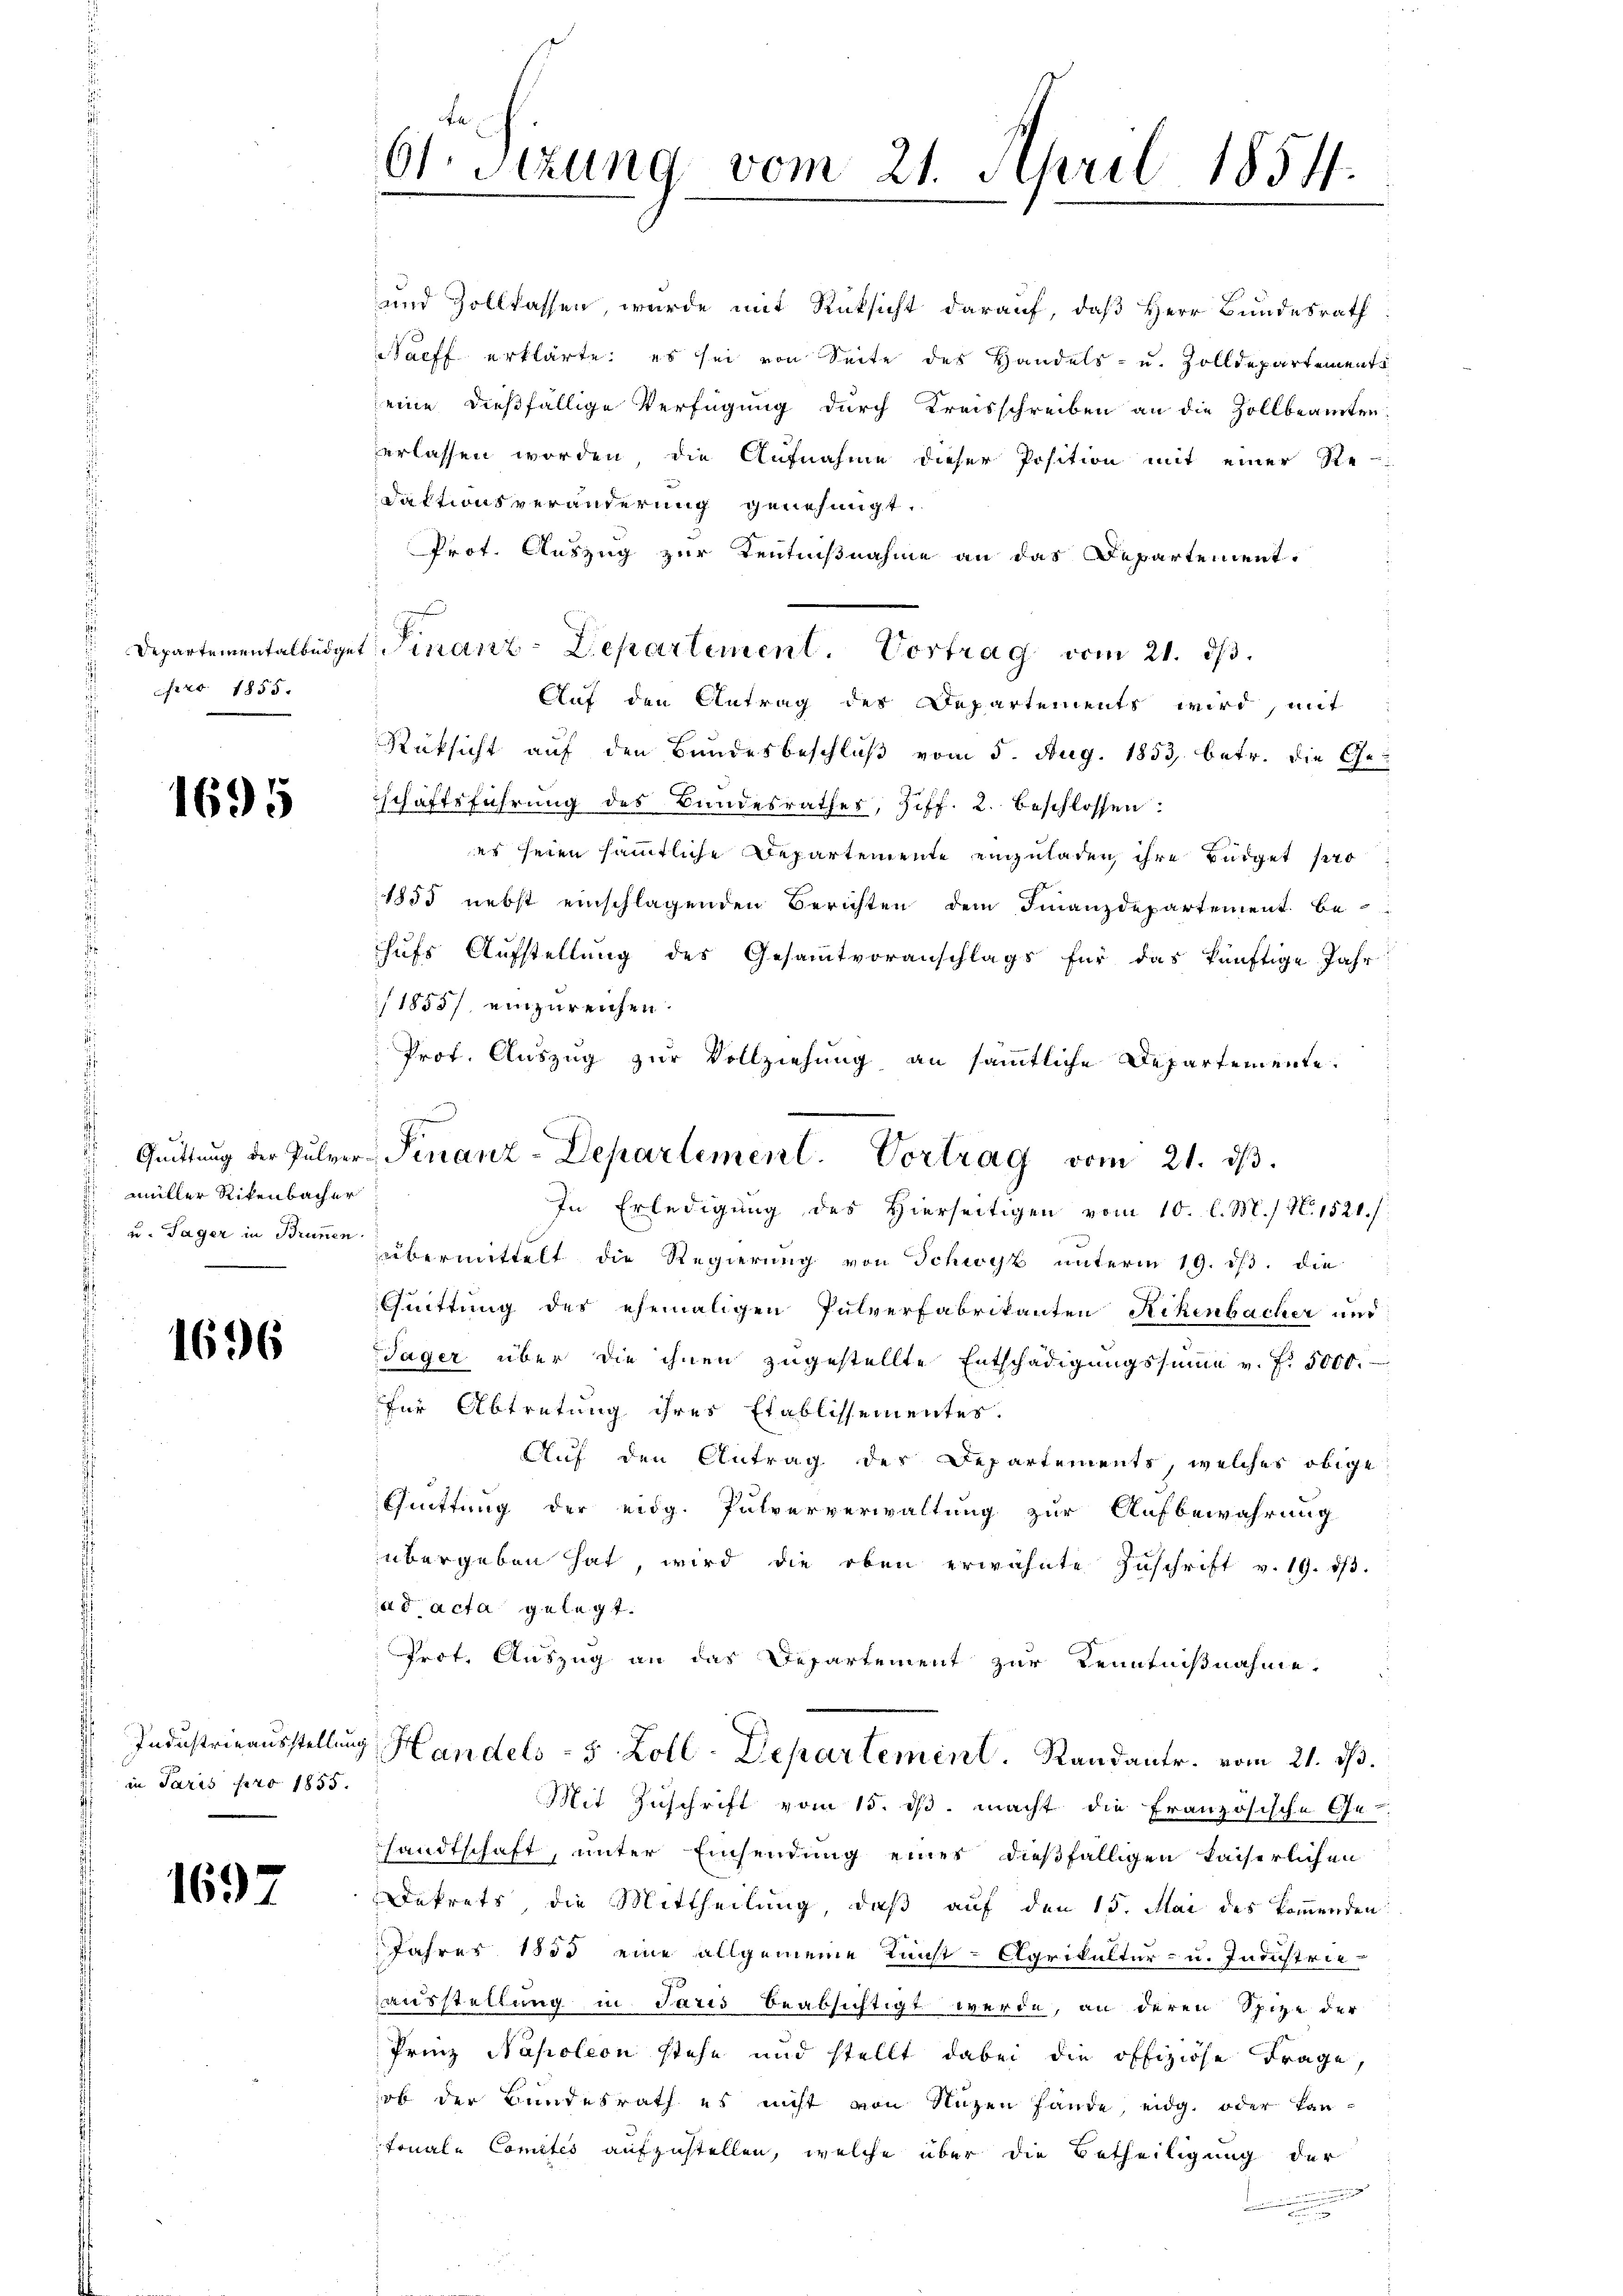
Departementalbüdge
fers 1855.

1695

müller Rikenbacher
u. Tager in Brunnen.

1696

in Paris pro 1855.
s

1697

61. Sizung vom 21. April 1854.

und Zollkassen, wurde mit Rücksicht darauf, daß Herr Bundesrath
Nacff erklärte, es sei von Seite des Handels- u. Zolldepartements
eine dießfällige Verfügung durch Kreisschreiben an die Zollbeamten,
erlassen worden, die Aufnahme dieser Position mit einer Re-
daktionsveränderung genehmigt.
Prot. Auszug zur Kentnißnahme an das Departement.
Auf den Antrag des Departements wird, mit
Rüksicht auf den Bundesbeschluß vom 5. Aug. 1853, betr. die Geschäftsführŭng des Bundesrathes, Ziff. 2. beschlossen:
es seien sämmtliche Departemente einzuladen ihre Büdget pro
1855 nebst einschlagenden Berichten dem Finanzdepartement behufs Aufstellung des Gesammtvoranschlags für das künftige Jahr
/1855/ einzureichen.
Prof. Auszug zur Vollziehung an sämmtliche Departemente.
In Erledigung des Hierseitigen vom 10. l. M. / N. 1521./
übermittelt die Regierung von Schwyz unterm 19. ds. die
Chuittung des ehemaligen Pulverfabrikanten Rikenbacher und
Jäger über die ihnen zugestellte Entschädigungssume v. J. 5000.
für Abtretung ihres Etablissementes.
Auf den Antrag der Departements, welches obige
Cuittung der eidg. Pulververwaltung zur Aufbewahrung
übergeben hat, wird die oben erwähnte Zuschrift v. 19. 13.
ad acta gelegt.
Prot. Auszug an das Departement zur Kenntnißnahme,
Industrieausstellung Handels 8 Zoll-Departement. Randantr. vom 21. ds.
Mit Zuschrift vom 15. ds. macht die Französische Ge-
sandtschaft, unter Einsendung eines dießfälligen kaiserlichen
Dekrets die Mittheilung, daß auf den 15. Mai des kommenden
Jahres 1850 eine allgemeine Kunst-Agrikultur- u. Industrieausstellung in Paris beabsichtigt werde, an deren Spize der
Prinz Napoleon stehe und stellt dabei die offiziöse Frage,
ob der Bundesrath es nicht von Nuzen fände, eidg. oder Lantonale Comites aufzustellen, welche über die Betheiligung der
i
u

Finanz-Departement. Vortrag vom 21. ds.

Quittung der Pulver Finanz-Departement. Vortrag vom 21. dβ.